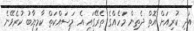
އަދި ކުރިއަށް އޮތް ދެތިން މަހެއްގެ ތެރޭގައި އެ މަސައްކަތް ކާމިޔާބު ކުރެވޭނެ